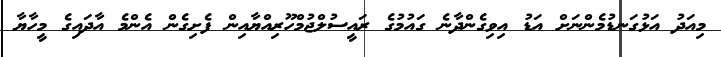
މިއަދު އަޅުގަނޑުމެންނަށް އަޑު އިވިގެންދާނެ ގައުމުގެ ރައީސުުލްޖުމްހޫރިއްޔާއިން ފެށިގެން އެންމެ އާދައިގެ މީހާޔާ